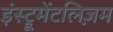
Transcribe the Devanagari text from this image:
इंस्ट्रूमेंटलिज़म